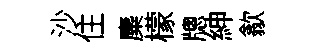
沙住麋檬牕紳歙